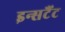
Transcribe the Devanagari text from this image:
इन्सटैंट